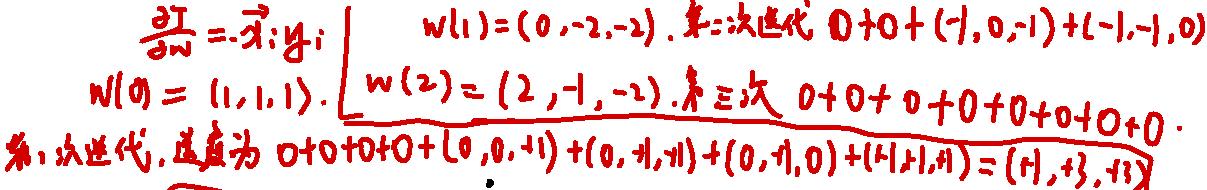
\(\frac{\partial I}{\partial w}=-\vec{x}_i y_i\left|\begin{array}{l}\)\\
\(w(1)=(0,-2,-2).  \)第一次迭代\( 0 + 0+(-1,0,-1)+(-1,-1,0)\)\\
\(w(0)=(1,1,1).\)\\
\(w(2)=(2,-1,-2).  \)第三次\( 0 + 0+0 + 0+0+0+0+0\)\\
\end{array}\right.\\
第一次迭代, 结果为\( 0 + 0+0 + 0+(0,0,-1)+(0,-1,-1)+(0,-1,0)+(-1,-1,-1)=(-1,-3,-3)\)